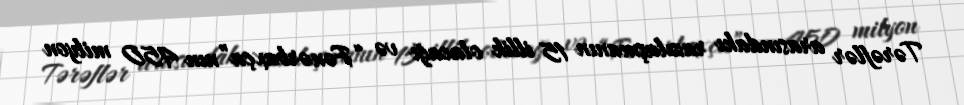
Tərəflər arasındakı razılaşmanın 15 illik olacağı və “Fənərbaxça”nın 450 milyon